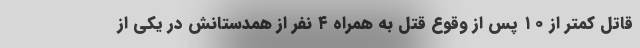
قاتل کمتر از ۱۰ پس از وقوع قتل به همراه ۴ نفر از همدستانش در یکی از